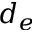
d _ { e }